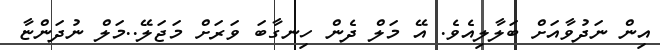
އިން ނަދުވާއަށް ބަލާލިއެވެ. އޭ މަލް ދެން ހިނގާބަ ވަރަށް މަޖަލޭ..މަލް ނުދަންޏާ